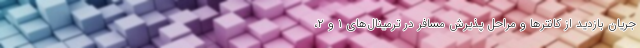
جریان بازدید از کانترها و مراحل پذیرش مسافر در ترمینال‌های ۱ و ۲،